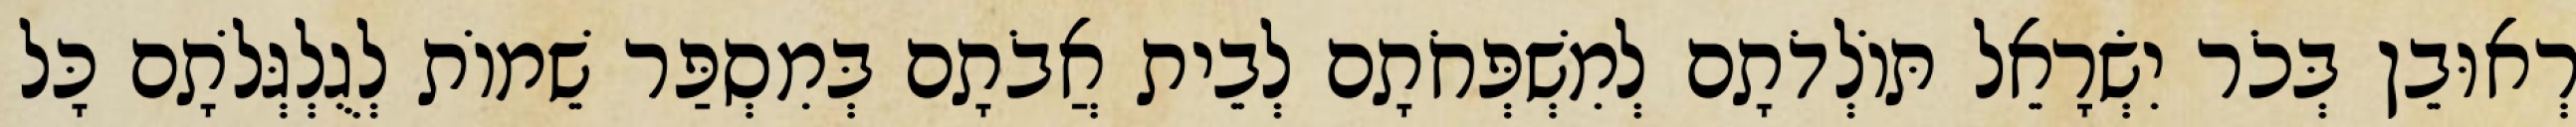
רְאוּבֵן בְּכֹר יִשְׂרָאֵל תּוֹלְדֹתָם לְמִשְׁפְּחֹתָם לְבֵית אֲבֹתָם בְּמִסְפַּר שֵׁמוֹת לְגֻלְגְּלֹתָם כָּל